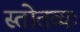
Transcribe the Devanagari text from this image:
स्तोतव्यः